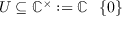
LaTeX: U \subseteq \mathbb { C } ^ { \times } : = \mathbb { C } \setminus \{ 0 \}